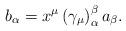
LaTeX: \begin{align*}b_{\alpha }=x^{\mu }\left( \gamma _{\mu }\right) _{\alpha }^{\beta }a_{\beta}.\end{align*}